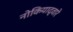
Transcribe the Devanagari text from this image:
नोकियाद्वारे